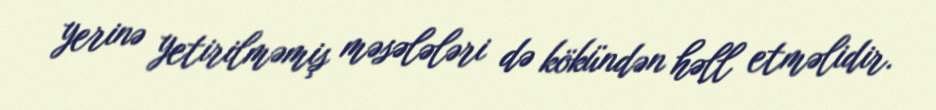
yerinə yetirilməmiş məsələləri də kökündən həll etməlidir.